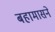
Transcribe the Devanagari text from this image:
बहामासने